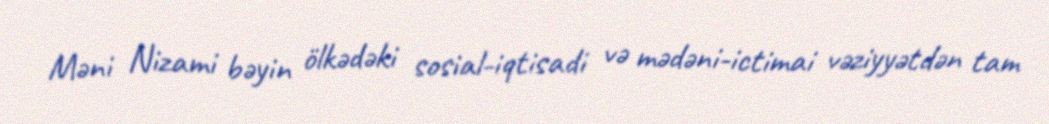
Məni Nizami bəyin ölkədəki sosial-iqtisadi və mədəni-ictimai vəziyyətdən tam